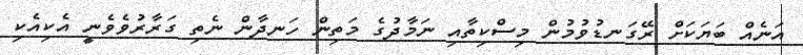
އަނެއް ބަޔަކަށް ރޭގަނޑުވުމުން މިސްކިތާއި ނަމާދުގެ މަތިން ހަނދާން ނެތި ގަރާރުވެވެނީ އެކިއެކި